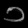
Digit: ၁